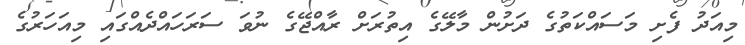
މިއަދު ފެށި މަސައްކަތުގެ ދަށުން މާލޭގެ އިތުރަށް ރާއްޖޭގެ ނުވަ ސަރަހައްދެއްގައި މިއަހަރުގެ